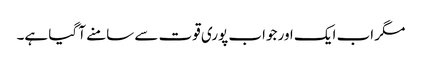
مگر اب ایک اور جواب پوری قوت سے سامنے آ گیا ہے۔